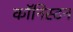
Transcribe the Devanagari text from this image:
कॉनिस्टन